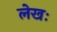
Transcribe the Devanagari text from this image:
लेखः